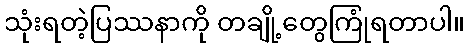
သုံးရတဲ့ပြဿနာကို တချို့တွေကြုံရတာပါ။